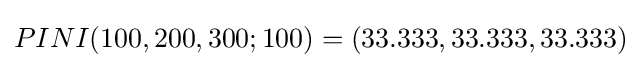
PINI(100,200,300;100)=(33.333,33.333,33.333)